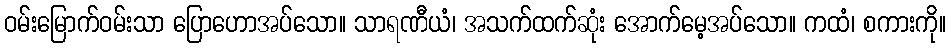
ဝမ်းမြောက်ဝမ်းသာ ပြောဟောအပ်သော။ သာရဏီယံ၊ အသက်ထက်ဆုံး အောက်မေ့အပ်သော။ ကထံ၊ စကားကို။